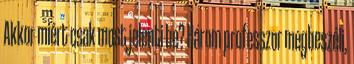
Akkor miért csak most jelenti be? Három professzor megbeszéli,